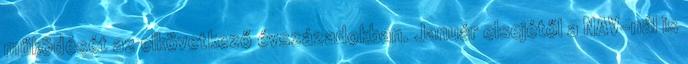
működését az elkövetkező évszázadokban. Január elsejétől a NAV-nál is